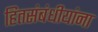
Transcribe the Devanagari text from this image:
हितसंबंधीयांना